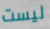
ليست